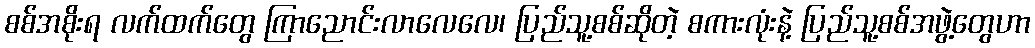
စစ်အစိုးရ လက်ထက်တွေ ကြာညောင်းလာလေလေ၊ ပြည်သူ့စစ်ဆိုတဲ့ စကားလုံးနဲ့ ပြည်သူ့စစ်အဖွဲ့တွေဟာ